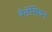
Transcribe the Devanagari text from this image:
वेलेंसियन